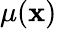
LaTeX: \mu(\mathbf{x})